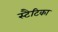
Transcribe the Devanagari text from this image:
स्टैटिका